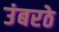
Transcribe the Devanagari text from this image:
उंबरठे